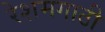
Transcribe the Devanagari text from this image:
रेशमगाठी